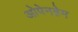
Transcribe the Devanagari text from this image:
ओपेनहेम